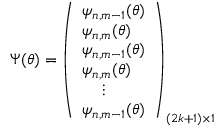
\Psi ( \theta ) = \left( \begin{array} { l r } { { \psi _ { n , m - 1 } ( \theta ) } } \\ { { \psi _ { n , m } ( \theta ) } } \\ { { \psi _ { n , m - 1 } ( \theta ) } } \\ { { \psi _ { n , m } ( \theta ) } } \\ { { \, \, \, \, \, \, \, \vdots } } \\ { { \psi _ { n , m - 1 } ( \theta ) } } \end{array} \right) _ { ( 2 k + 1 ) \times 1 }